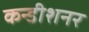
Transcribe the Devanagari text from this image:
कन्डीशनर